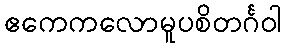
ဧကေကလောမူပစိတင်္ဂဝါ